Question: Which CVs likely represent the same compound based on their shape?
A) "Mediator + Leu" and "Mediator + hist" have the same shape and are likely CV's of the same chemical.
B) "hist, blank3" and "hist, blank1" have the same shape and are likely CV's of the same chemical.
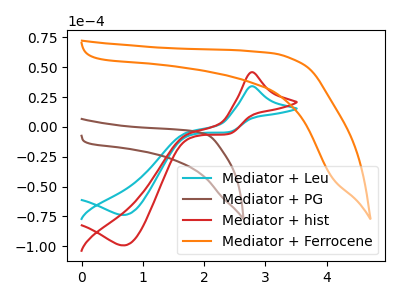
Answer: <think>The cyan curve "Mediator + Leu" has an anodic peak at (2.80V, 34.05uA) and a cathodic peak at (0.70V, -73.80uA). The brown curve "Mediator + PG" has no peaks. The red curve "Mediator + hist" has an anodic peak at (2.80V, 45.80uA) and a cathodic peak at (0.70V, -99.30uA). The orange curve "Mediator + Ferrocene" has no peaks.
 "Mediator + Leu" and "Mediator + PG" have a different number of peaks. All the peaks in "Mediator + Leu" have a peak in "Mediator + hist" at the same potential. Every peak in "Mediator + Leu" is lower than every peak in "Mediator + hist". "Mediator + Leu" and "Mediator + Ferrocene" have a different number of peaks. "Mediator + PG" and "Mediator + hist" have a different number of peaks. Neither "Mediator + PG" or "Mediator + Ferrocene" have any peaks. "Mediator + hist" and "Mediator + Ferrocene" have a different number of peaks.</think>
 <answer>A) "Mediator + Leu" and "Mediator + hist" have the same shape and are likely CV's of the same chemical.</answer>
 <eval>A</eval>